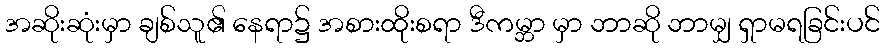
အဆိုးဆုံးမှာ ချစ်သူ၏ နေရာ၌ အစားထိုးစရာ ဒီကမ္ဘာ မှာ ဘာဆို ဘာမျှ ရှာမရခြင်းပင်